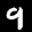
Label: 9